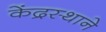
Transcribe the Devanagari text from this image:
केंद्रस्थाने